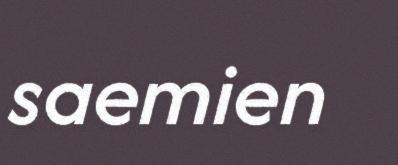
saemien